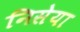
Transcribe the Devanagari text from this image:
निसेया